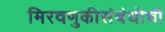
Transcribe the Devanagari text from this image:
मिरवणुकीसंबंधीची